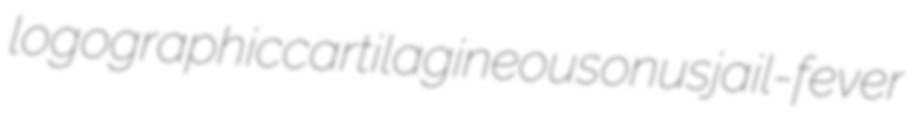
logographic cartilagineous onus jail-fever